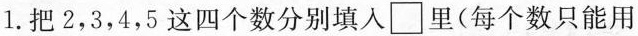
1.把2，3，4，5这四个数分别填入\square里(每个数只能用